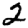
Digit: 2